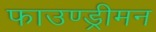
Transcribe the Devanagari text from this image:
फाउण्ड्रीमन